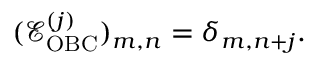
\begin{array} { r } { ( \mathcal { E } _ { \mathrm { O B C } } ^ { ( j ) } ) _ { m , n } = \delta _ { m , n + j } . } \end{array}